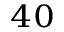
^ { 4 0 }